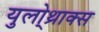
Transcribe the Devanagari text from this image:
युलो्थ्राक्स